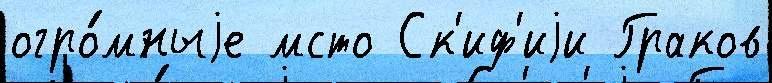
огро́мныjе мсто Ск'иф'иjи Граков